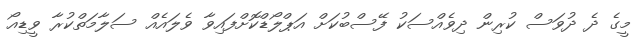
މީގެ ދެ ދުވަސް ކުރިން ދިވެއްސަކު ފޭސްބުކަށް އަޕްލޯޑްކޮށްފައިވާ ވެލައެއް ސަލާމަތްކުރާ ވީޑިއޯ